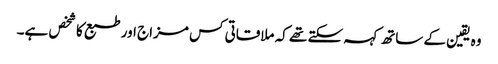
وہ یقین کے ساتھ کہہ سکتے تھے کہ ملاقاتی کس مزاج اور طبع کا شخص ہے۔